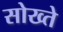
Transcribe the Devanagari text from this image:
सोख्ते